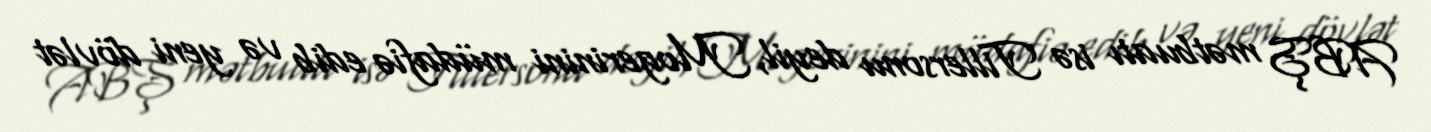
ABŞ mətbuatı isə Tillersonu deyil, Mogerinini müdafiə edib və yeni dövlət